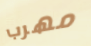
مهرب